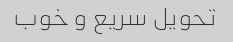
تحویل سریع و خوب